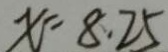
x = 8 . 2 5